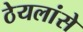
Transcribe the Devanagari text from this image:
ठेयलांसे